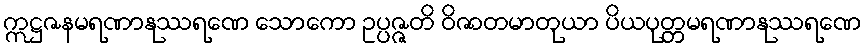
ဣဋ္ဌဇနမရဏာနုဿရဏေ သောကော ဥပ္ပဇ္ဇတိ ဝိဇာတမာတုယာ ပိယပုတ္တမရဏာနုဿရဏေ